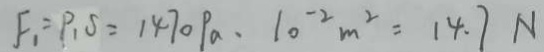
F _ { 1 } = P _ { 1 } S = 1 4 7 0 P a \cdot 1 0 ^ { - 2 } m ^ { 2 } = 1 4 . 7 N